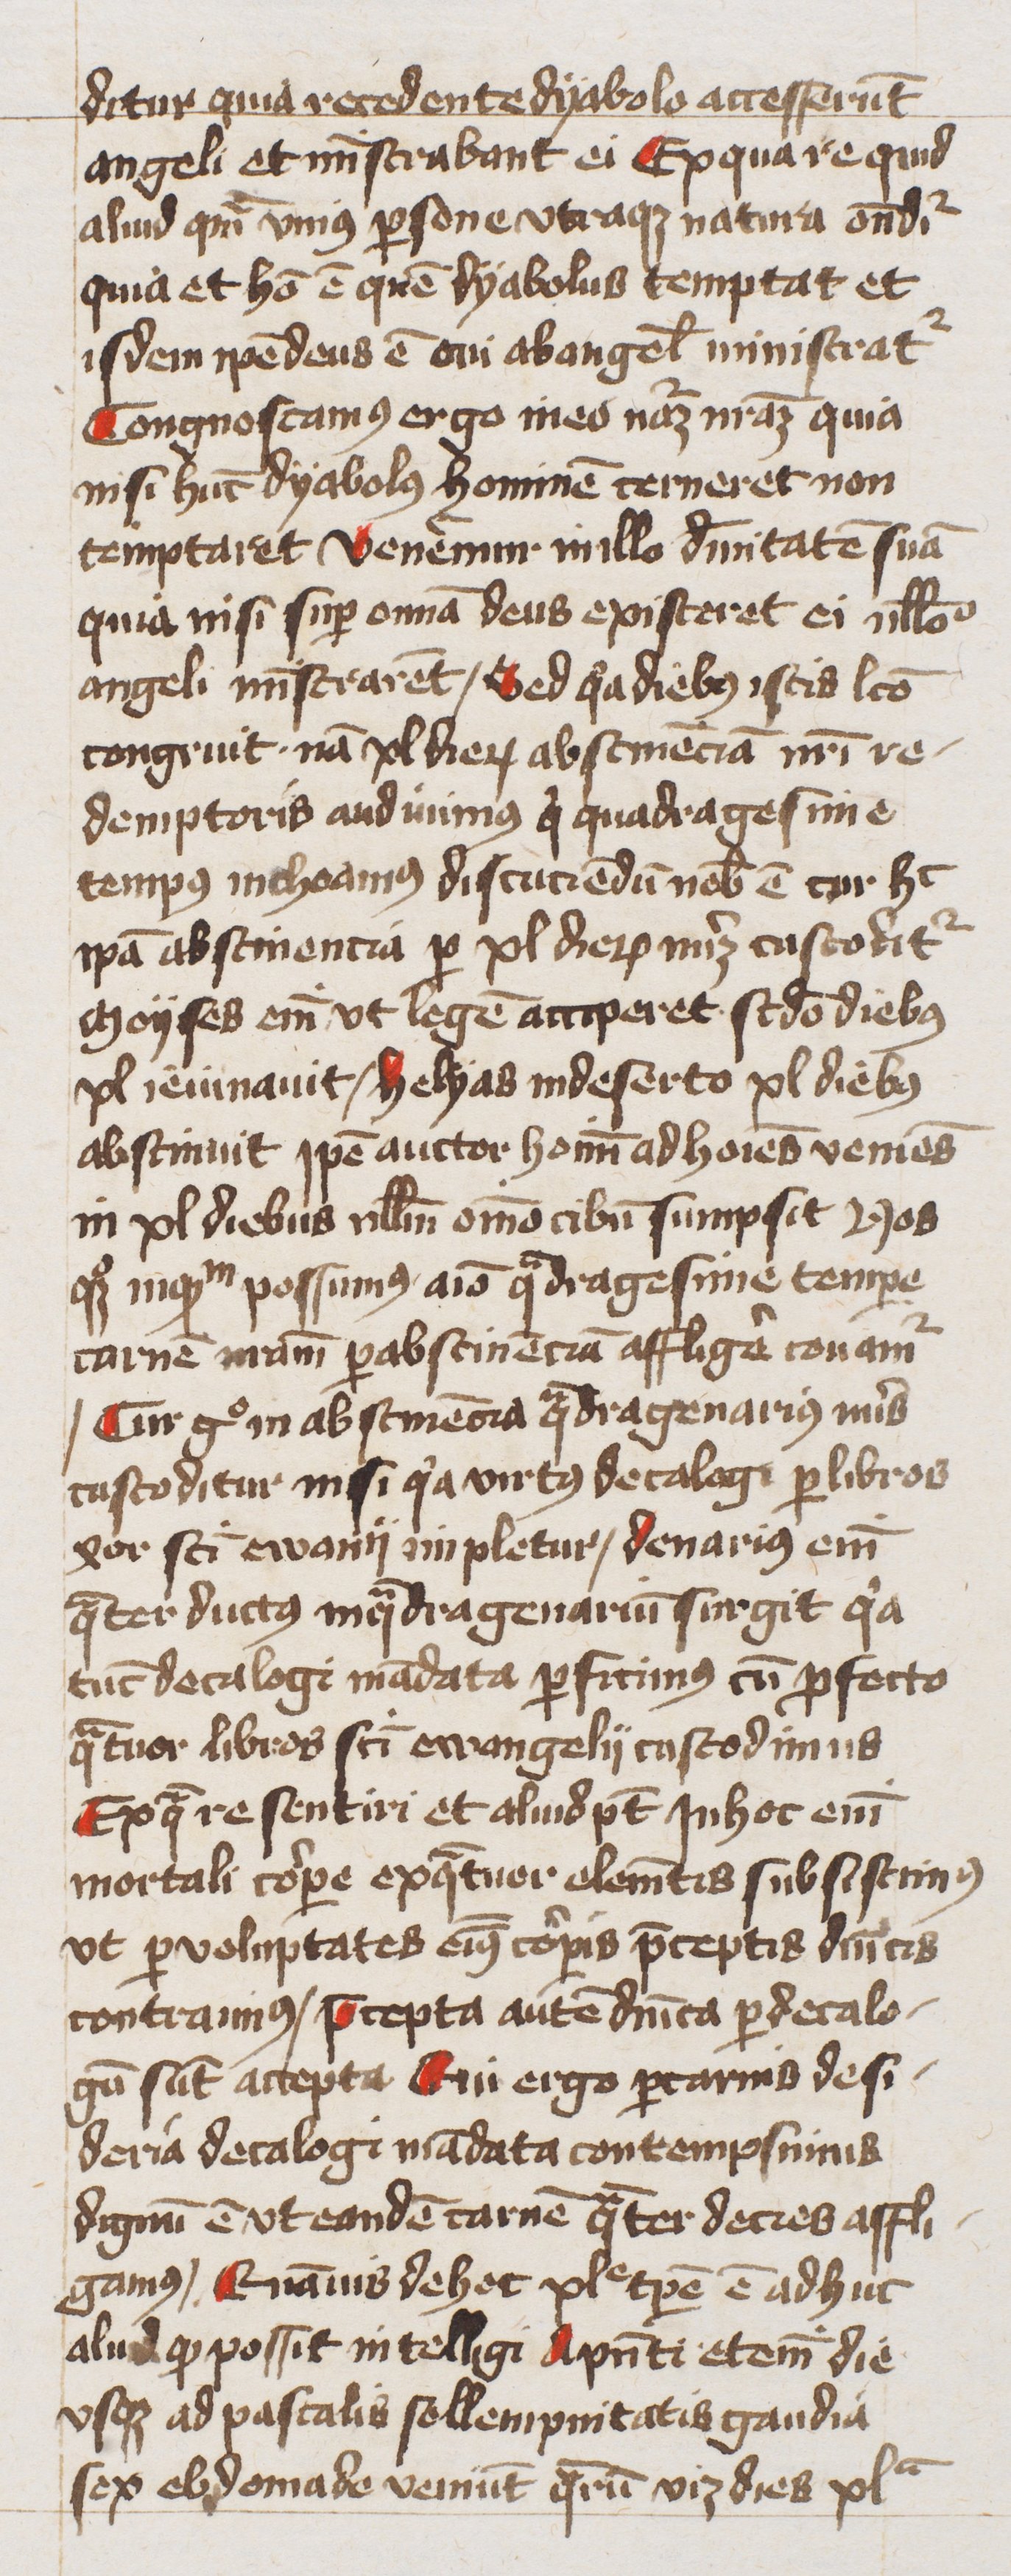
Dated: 1400–1449